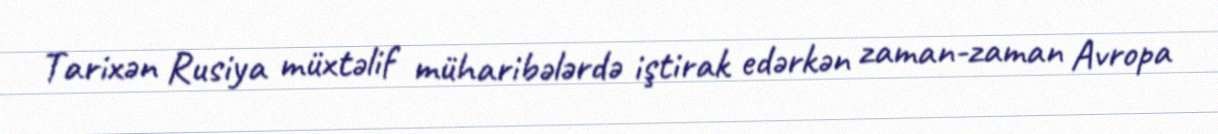
Tarixən Rusiya müxtəlif müharibələrdə iştirak edərkən zaman-zaman Avropa